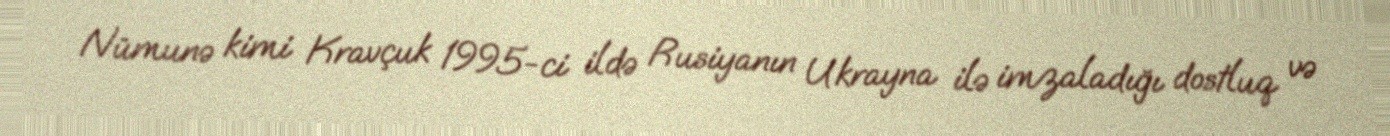
Nümunə kimi Kravçuk 1995-ci ildə Rusiyanın Ukrayna ilə imzaladığı dostluq və